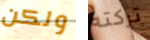
ولكن تركته